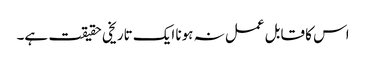
اس کا قابل عمل نہ ہونا ایک تاریخی حقیقت ہے۔